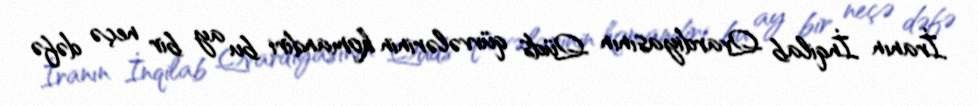
İranın İnqilab Qvardiyasının Qüds qüvvələrinin komandiri bu ay bir neçə dəfə